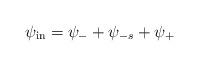
LaTeX: \begin{align*}\psi_{\rm in}=\psi_{-}+\psi_{-s}+\psi_{+}\end{align*}